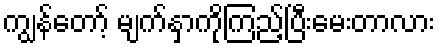
ကျွန်တော့် မျက်နှာကိုကြည့်ပြီးမေးတာလား